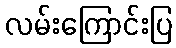
လမ်းကြောင်းပြ